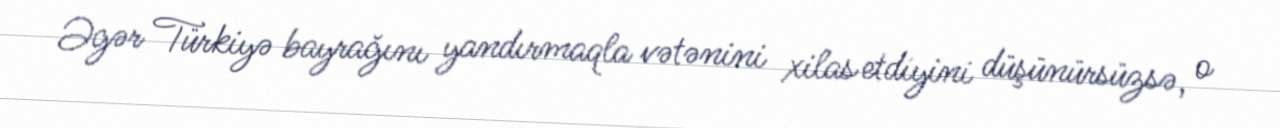
Əgər Türkiyə bayrağını yandırmaqla vətənini xilas etdiyini düşünürsüzsə, o